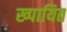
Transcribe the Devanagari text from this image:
ख्पायित